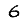
Digit: 6